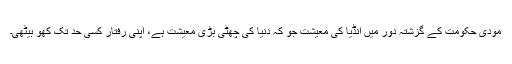
مودی حکومت کے گزشتہ دور میں انڈیا کی معیشت جو کہ دنیا کی چھٹی بڑی معیشت ہے، اپنی رفتار کسی حد تک کھو بیٹھی۔